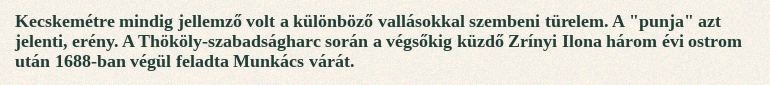
Kecskemétre mindig jellemző volt a különböző vallásokkal szembeni türelem. A "punja" azt jelenti, erény. A Thököly-szabadságharc során a végsőkig küzdő Zrínyi Ilona három évi ostrom után 1688-ban végül feladta Munkács várát.